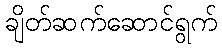
ချိတ်ဆက်ဆောင်ရွက်